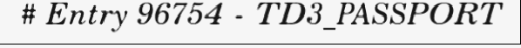
# Entry 96754 - TD3_PASSPORT